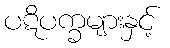
ပဋိပက္ခများနှင့်